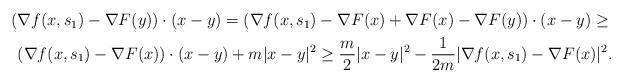
LaTeX: \begin{align*}\begin{aligned} (&\nabla f(x,s_1) - \nabla F(y))\cdot(x - y) = (\nabla f(x,s_1) - \nabla F(x) + \nabla F(x) - \nabla F(y))\cdot(x - y) \geq \\&(\nabla f(x,s_1) - \nabla F(x))\cdot(x - y) + m|x - y|^2 \geq \frac m2|x - y|^2 - \frac 1{2m}|\nabla f(x,s_1) - \nabla F(x)|^2. \end{aligned} \end{align*}